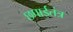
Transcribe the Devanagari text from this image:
छपाईतंत्र